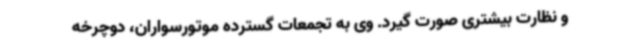
و نظارت بیشتری صورت گیرد. وی به تجمعات گسترده موتورسواران، دوچرخه